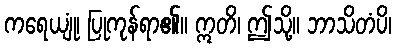
ကရေယျုံ၊ ပြုကုန်ရာ၏။ ဣတိ၊ ဤသို့။ ဘာသိတံပိ၊